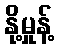
နို့မှုန့်